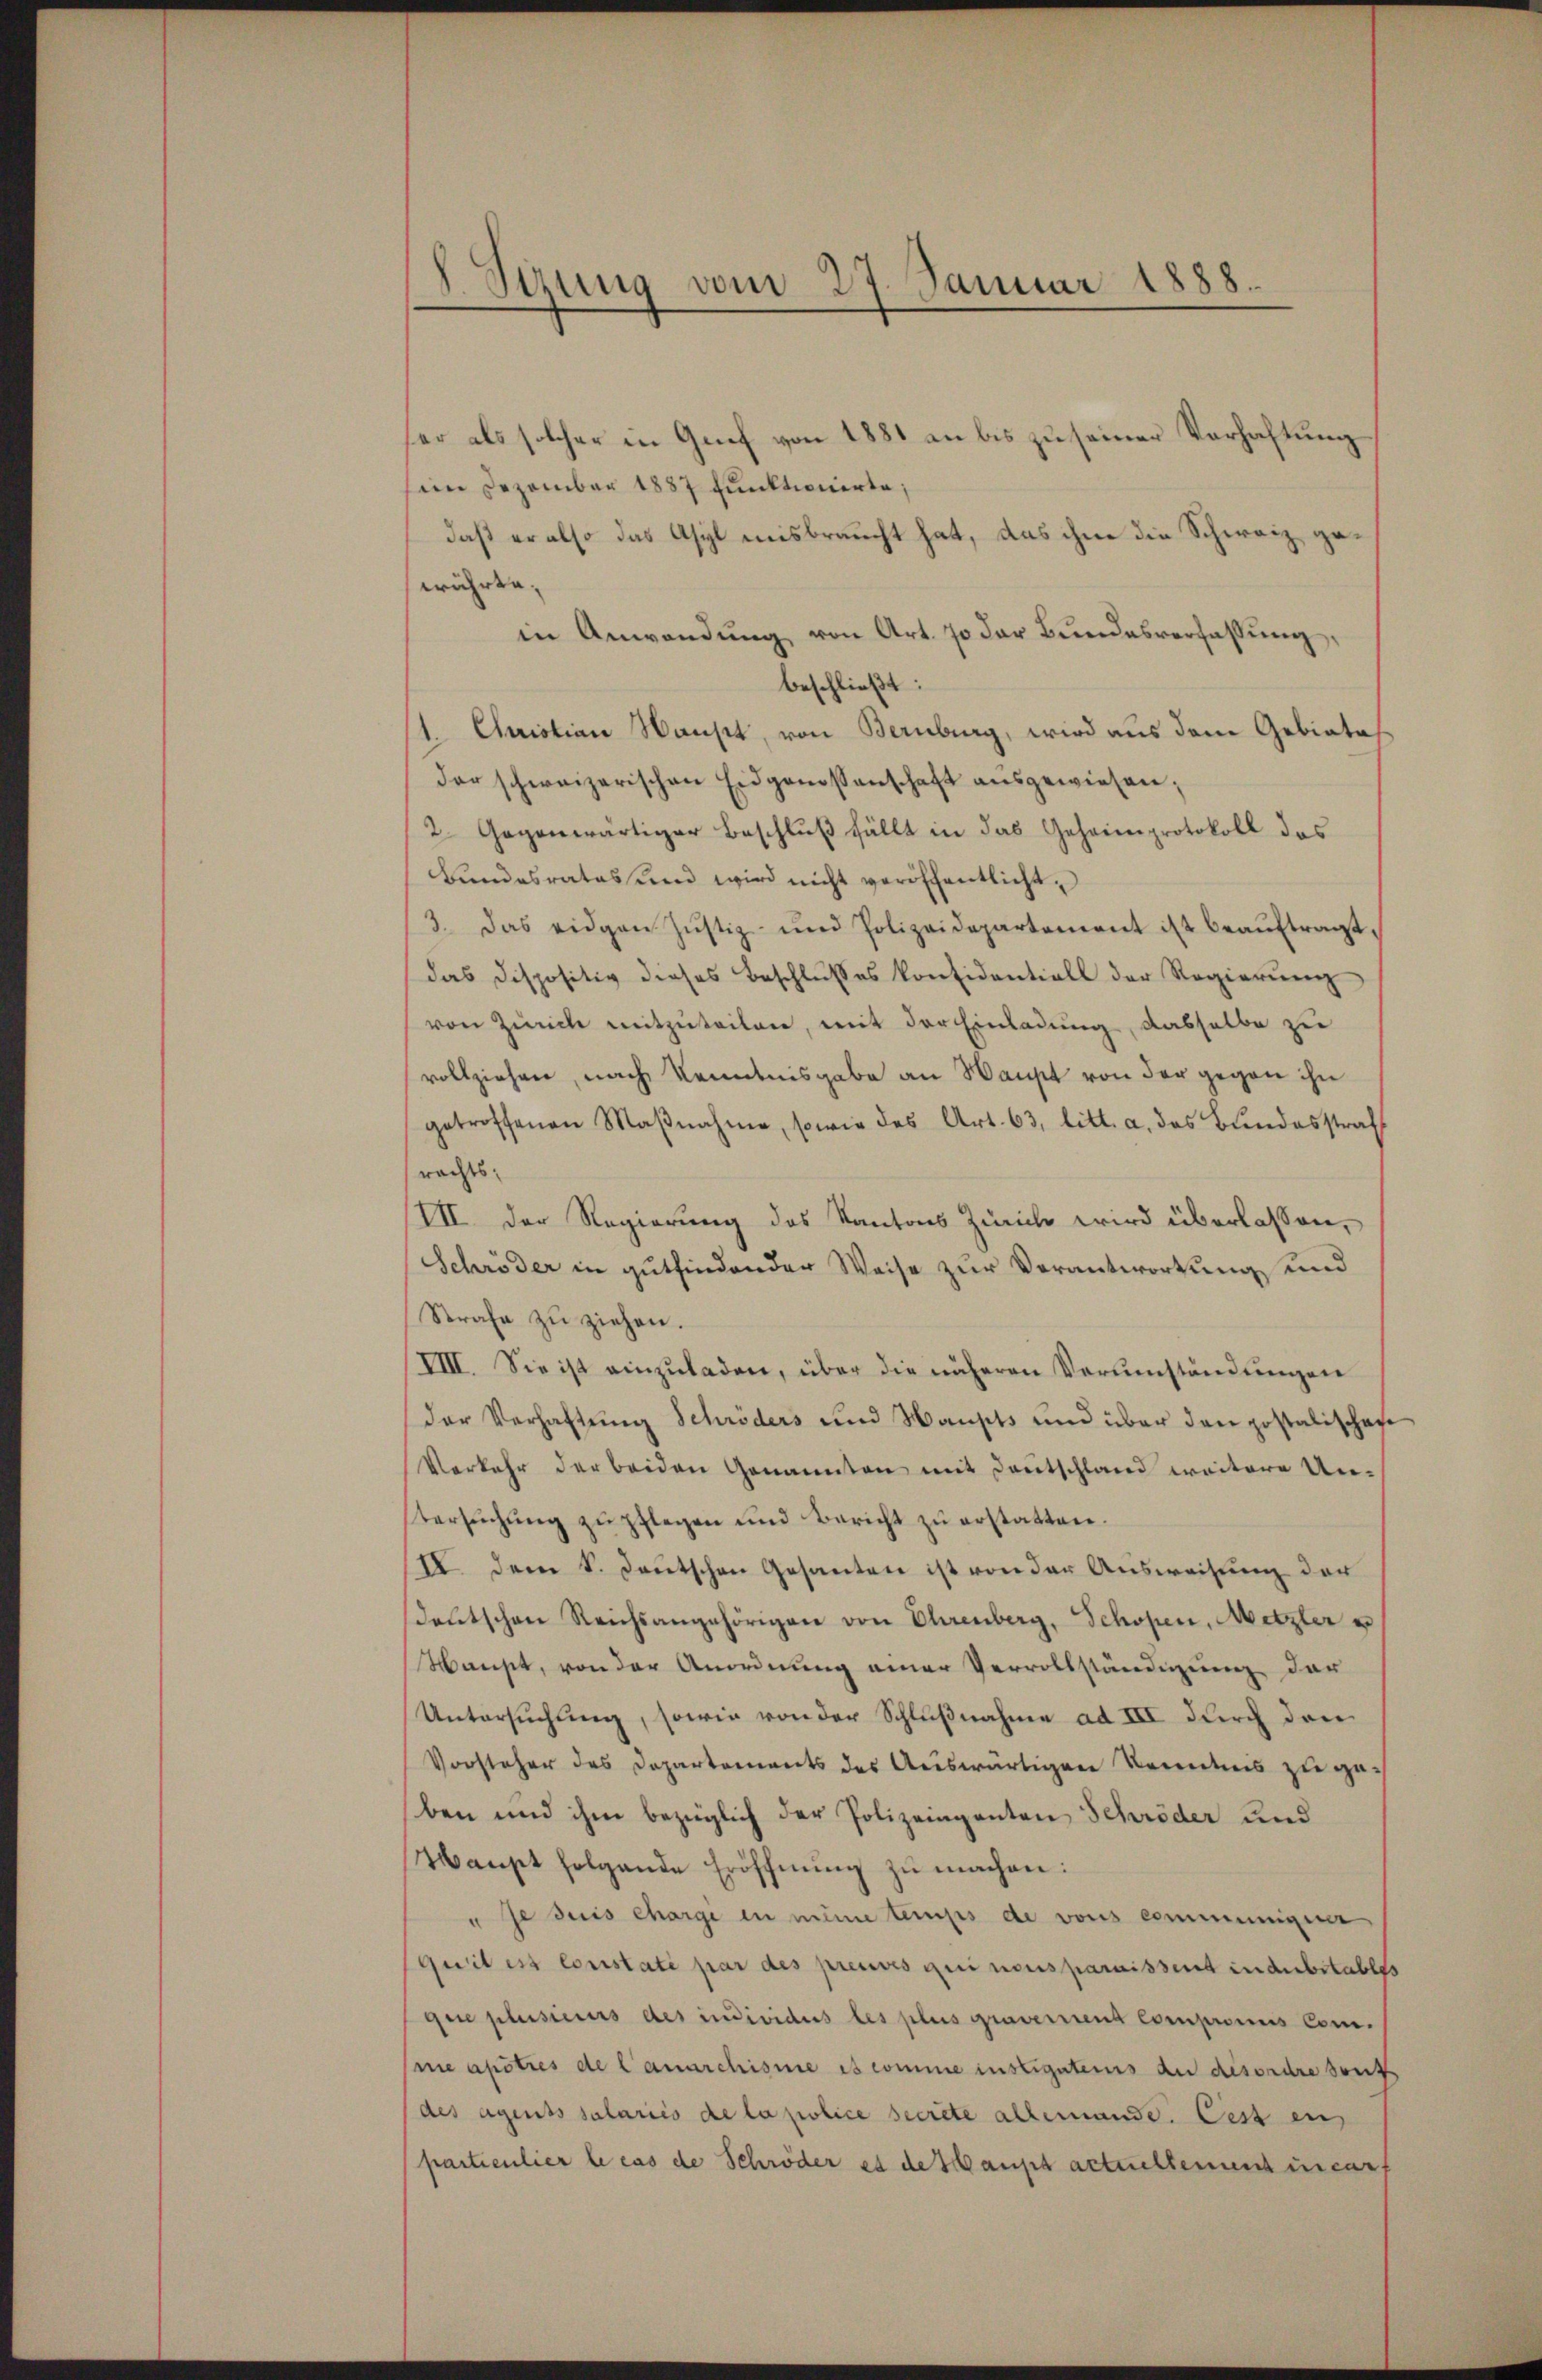
8. Stung vom 27. Januar 1888.

her als solcher in Genf von 1881 an bis zu seiner Verhaftung
im Dezember 1887 funktionirte;
daß er also das Asyl misbraucht hat, das ihm die Schweiz ga
währte,
in Anwendŭng von Art. 70 der Bundesverfassung,
beschließt:
1. Christian Maust, von Bernburg, wird aus dem Gebietes
der schweizerischen Eidgenossenschaft ausgewiesen;
2. Gegenwärtiger Beschluß fällt in das Geheimprotokoll das
Bŭndesrates und wird nicht veröffentlicht,
3. Das eidgen Jŭstiz- und Polizeidepartement ist beaŭftragt,
das dispositiv dieses Beschlŭsses konsidentiell der Regierŭng
von Zürich mitzuteilen, mit der Einladung, dasselbe zu
vollziehen, nach Kenntnisgabe an Haupt von der gegen ihn
getroffenen Maβnahme, sowie des Art. 63, litt. a. das Bŭndesstraf
rachts,
III. Der Regierung des Kantons Zürich wird überlassen,
Schröder in gutfindender Weise zur Verantwortung und
Strafe zŭ ziehen.
VIII. Sie ist einzuladen, über die näheren Verumständungen
der Verhaftung Schröders und Hausts und über den postalischaf
Verkehr der beiden Genannten mit Deutschland weitere Untersŭchŭng zŭ pflegen und Bericht zŭ erstatten.
II. Dem S. Deutschen Gesanten ist von der Ausweisung der
deutschen Reichsangehörigen von Ehrenberg, Schopen, Metzler u
Waust, von der Anordnung einer Vervollständigung der
Untersŭchŭng, sowie von der Schlŭβnahme ad III durch den
Vorsteher des Departements des Auswärtigen Kenntnis zu ge-
ben und ihm bezüglich der Polizeinganten Schröder und
Haupt folgende Eröffnung zu machen:
" Je suis chargi in meine temps de vons communigerer
quil est constate par des preuves qui nonsparnissent indenbitables
Gere plusieurs des individus les plus gravernend Compromus Commeapötres de Canarchisme es comme instigstens du désordre sous
(des Agents salariis de la police secrete allemande. Cess ein
particulier le cas de Schröder es deshaupt actuellement incar